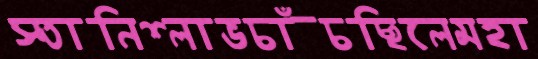
স্তানিশ্লাভচাঁচছিলেমহা